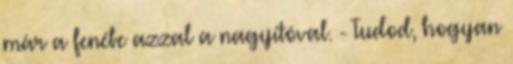
már a fenébe azzal a nagyítóval. - Tudod, hogyan